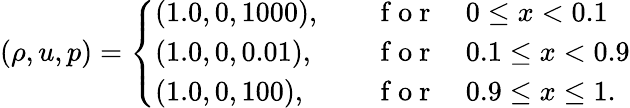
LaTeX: (\rho,u,p)=\left\{ \begin{array}{ll}{(1.0,0,1000),\quad}&{\mathrm{~f~o~r~}\quad 0\leq x<0.1}\\ {(1.0,0,0.01),\quad}&{\mathrm{~f~o~r~}\quad 0.1\leq x<0.9}\\ {(1.0,0,100),\quad}&{\mathrm{~f~o~r~}\quad 0.9\leq x\leq 1.}\end{array}\right.